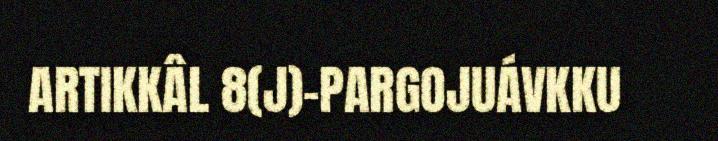
ARTIKKÂL 8(J)-PARGOJUÁVKKU